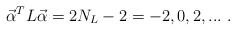
\begin{align*}{\vec \alpha}^TL{\vec\alpha}=2N_L-2=-2,0, 2, ... \ .\end{align*}